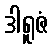
ဒါရူဇံ